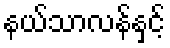
နယ်သာလန်နှင့်